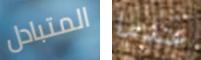
المتبادل عندما